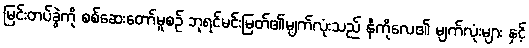
မြင်းတပ်ခွဲကို စစ်ဆေးတော်မူစဉ် ဘုရင်မင်းမြတ်၏မျက်လုံးသည် နီကိုလေ၏ မျက်လုံးများ နှင့်